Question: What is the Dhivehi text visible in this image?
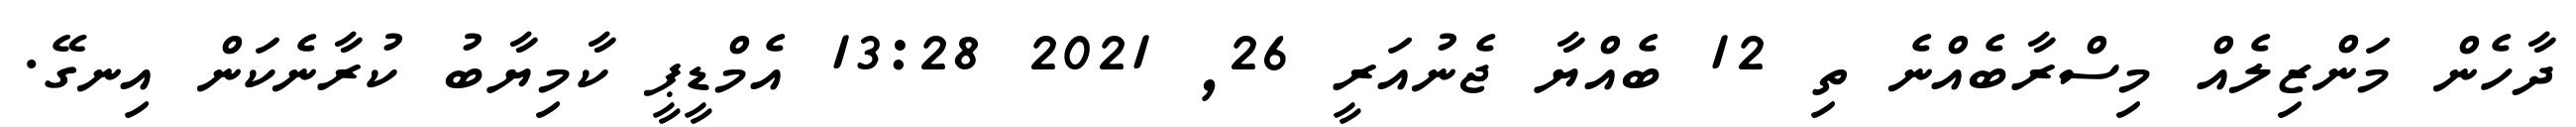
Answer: ދާހެން މަންޒިލެއް މިސްރާބެއްނެ ތި 12 ބެއްޔާ ޖެނުއަރީ 26, 2021 13:28 އެމްޑީޕީ ކާމިޔާބު ކުރާނެކަން އިނގޭ.